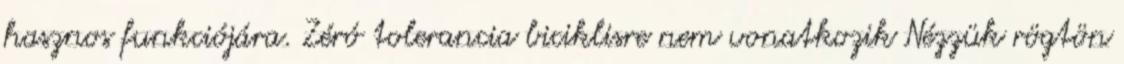
hasznos funkciójára. Zéró tolerancia biciklisre nem vonatkozik Nézzük rögtön